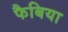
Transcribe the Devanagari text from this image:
फैबिया